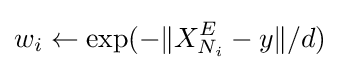
w_{i}\gets \exp(-\|X_{N_{i}}^{E}-y\|/d)